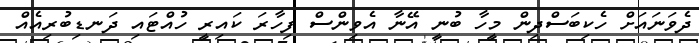
ދެވަނައަށް ހެކިބަސްދިން މީހާ ބުނީ އޭނާ އެވިންސް ފިހާރަ ކައިރީ ހުއްޓައި ދަނޑިބުރިއެއް